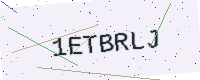
Text: 1ETBRLJ